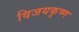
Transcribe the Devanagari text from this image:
विजयकृष्ण